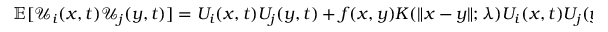
\begin{array} { r } { \mathbb { E } [ \mathcal { U } _ { i } ( x , t ) \mathcal { U } _ { j } ( y , t ) ] = U _ { i } ( x , t ) U _ { j } ( y , t ) + f ( x , y ) K ( \| x - y \| ; \lambda ) U _ { i } ( x , t ) U _ { j } ( y , t ) } \end{array}